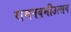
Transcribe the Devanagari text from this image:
रामनवमीउत्सव